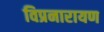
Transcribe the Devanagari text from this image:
विप्रनारायण